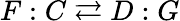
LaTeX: F:C\rightleftarrows D:G